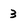
Character: 3